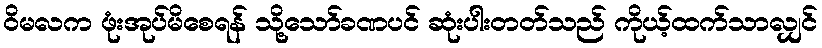
ဝိမလက ဖုံးအုပ်မိစေရန် သို့သော်ခဏပင် ဆုံးပါးတတ်သည် ကိုယ့်ထက်သာလျှင်